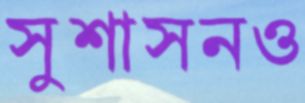
সুশাসনও